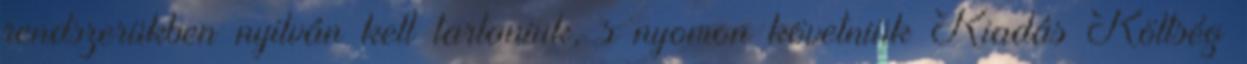
rendszerükben nyilván kell tartaniuk, s nyomon követniük Kiadás Költség